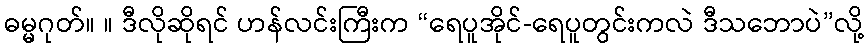
ဓမ္မဂုတ်။ ။ ဒီလိုဆိုရင် ဟန်လင်းကြီးက “ရေပူအိုင်-ရေပူတွင်းကလဲ ဒီသဘောပဲ”လို့